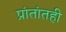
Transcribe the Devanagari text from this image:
प्रांतांतही